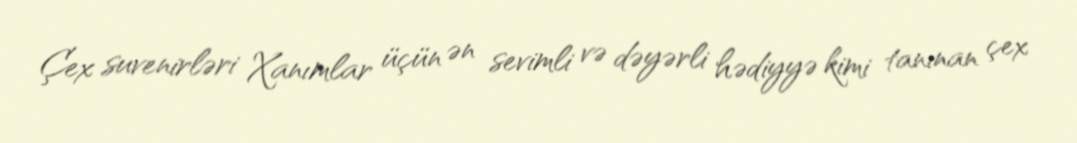
Çex suvenirləri Xanımlar üçün ən sevimli və dəyərli hədiyyə kimi tanınan çex